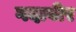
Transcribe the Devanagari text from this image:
गदावीर